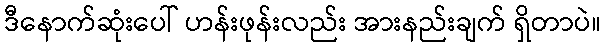
ဒီနောက်ဆုံးပေါ် ဟန်းဖုန်းလည်း အားနည်းချက် ရှိတာပဲ။